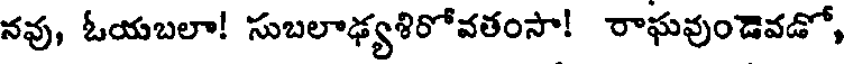
నవు, ఓయబలా! సుబలాఢ్యశిరోవతంసా! రాఘవుండెవడో,